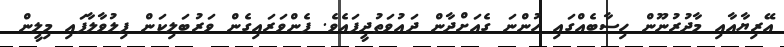
އޭރިޔާއާއި މާދުރުނޫން ހިސާބެއްގައި ހުންނަ ގެއަށްދާން ދައުވަތުދީފައެވެ. ފެންވަރައިގެން ވަރުބަލިކަން ފިލުވާލާފައި މިލީން